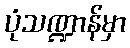
ပုံသဏ္ဍာန်မှာ